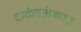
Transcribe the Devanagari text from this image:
कळंबअंब्यात